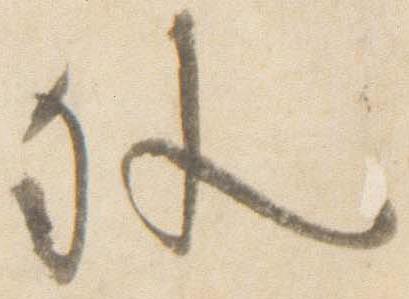
外